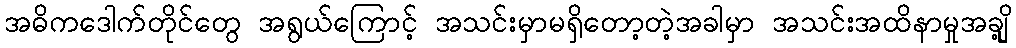
အဓိကဒေါက်တိုင်တွေ အရွယ်ကြောင့် အသင်းမှာမရှိတော့တဲ့အခါမှာ အသင်းအထိနာမှုအချို့